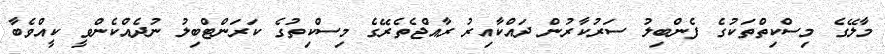
މާލޭގެ މިސްކިތްތަކުގެ ފެންބިލު ސަރުކާރުން ދައްކާއިރު ރާއްޖެތެރޭގެ މިސްކިތުގެ ކަރަންޓްބިލު ނުދެއްކެންވީ ކީއްވެބާ